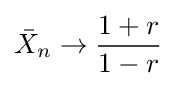
{\bar {X}}_{n}\to {\frac {1+r}{1-r}}